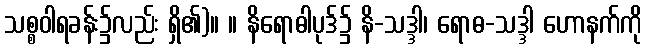
သစ္စဝါရခန်း၌လည်း ရှိ၏)။ ။ နိရောဓါပုဒ်၌ နိ-သဒ္ဒါ၊ ရောဓ-သဒ္ဒါ ဟောနက်ကို